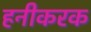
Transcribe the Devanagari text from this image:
हनीकरक